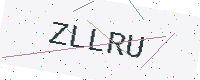
Text: ZLLRU